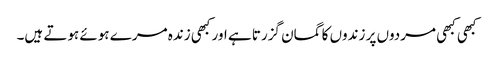
کبھی کبھی مردوں پر زندوں کا گمان گزرتا ہے اور کبھی زندہ مرے ہوئے ہوتے ہیں۔